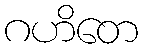
ဂဟိတေ